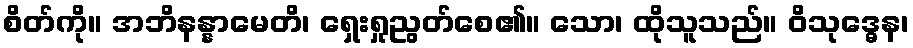
စိတ်ကို။ အဘိနန္နာမေတိ၊ ရှေးရှုညွတ်စေ၏။ သော၊ ထိုသူသည်။ ဝိသုဒ္ဓေန၊